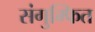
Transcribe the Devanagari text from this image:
संगुम्फित